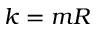
k = m R